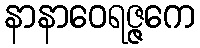
နာနာဝေရဇ္ဇကေ